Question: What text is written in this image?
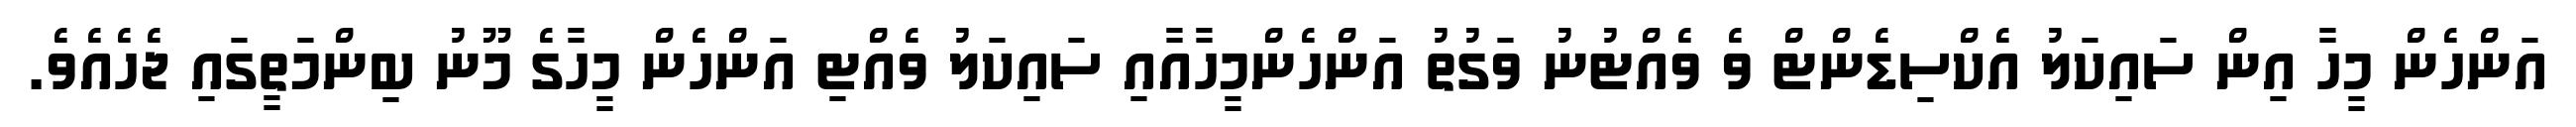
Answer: އަންހެން މީހާ އިން ސައިކަލު އެކްސިޑެންޓް ވެ ވެއްޓުނު ވަގުތު އަންހެންމީހާއާއި ސައިކަލު ވެއްޓި އަންހެން މީހާގެ މޫނު ބިންމަތީގައި ޖެހެއެވެ.